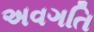
અવગતિ